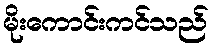
မိုးကောင်းကင်သည်